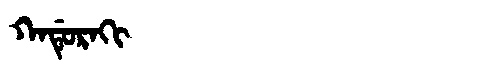
Manchu: ᡴᠠᡩᡠᡵᠠᡴᡳ
Romanization: KADURAKI